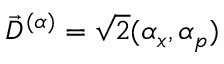
\Vec { D } ^ { ( \alpha ) } = \sqrt { 2 } ( \alpha _ { x } , \alpha _ { p } )